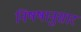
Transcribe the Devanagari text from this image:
निषषानुसार